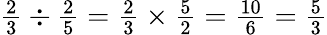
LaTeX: \textstyle{{\frac{2}{3}}\div{\frac{2}{5}}={\frac{2}{3}}\times{\frac{5}{2}}={\frac{10}{6}}={\frac{5}{3}}}